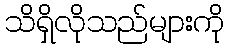
သိရှိလိုသည်များကို